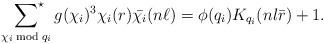
\begin{align*}\sideset{}{^\star}\sum_{\chi_i\bmod{q_i}}g(\chi_i)^3\chi_i(r)\bar{\chi_i}(n\ell)=\phi(q_i)K_{q_i}(nl\bar{r})+1.\end{align*}